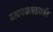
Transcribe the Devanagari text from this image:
यादवकालापर्यंत